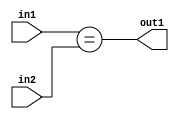
`timescale 1ps / 1ps
/*****************************************************************************
    Verilog RTL Description
    
    
    Created by: Stratus DpOpt 2019.1.01 
*******************************************************************************/

module cache_Equal_8Ux2U_1U_4 (
	in2,
	in1,
	out1
	); /* architecture "behavioural" */ 
input [7:0] in2;
input [1:0] in1;
output  out1;
wire  asc001;

assign asc001 = (in1==in2);

assign out1 = asc001;
endmodule

/* CADENCE  urnxSA4= : u9/ySgnWtBlWxVPRXgAZ4Og= ** DO NOT EDIT THIS LINE ******/